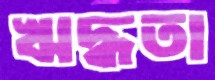
ঋদ্ধতা